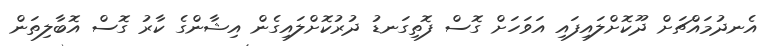
އެނދުމައްޗަށް ދޫކޮށްލައިފައި އަވަހަށް ގޮސް ފޮތިގަނޑު ދުރުކޮށްލައިގެން އިޝާންގެ ކާރު ގޮސް އޮބާލިތަން